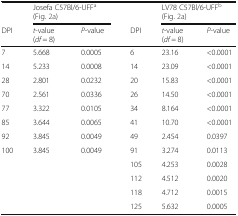
<table><thead><tr><td></td><td colspan="2"><b>Josefa C57Bl/6-UFF<sup>a</sup> (Fig. 2a)</b></td><td></td><td colspan="2"><b>LV78 C57Bl/6-UFF<sup>b</sup> (Fig. 2a)</b></td></tr><tr><td><b>DPI</b></td><td><b><i>t</i>-value(<i>df</i> = 8)</b></td><td><b><i>P</i>-value</b></td><td><b>DPI</b></td><td><b><i>t</i>-value(<i>df</i> = 8)</b></td><td><b><i>P</i>-value</b></td></tr></thead><tbody><tr><td>7</td><td>5.668</td><td>0.0005</td><td>6</td><td>23.16</td><td>&lt;0.0001</td></tr><tr><td>14</td><td>5.233</td><td>0.0008</td><td>14</td><td>23.09</td><td>&lt;0.0001</td></tr><tr><td>28</td><td>2.801</td><td>0.0232</td><td>20</td><td>15.83</td><td>&lt;0.0001</td></tr><tr><td>70</td><td>2.561</td><td>0.0336</td><td>26</td><td>14.50</td><td>&lt;0.0001</td></tr><tr><td>77</td><td>3.322</td><td>0.0105</td><td>34</td><td>8.164</td><td>&lt;0.0001</td></tr><tr><td>85</td><td>3.644</td><td>0.0065</td><td>41</td><td>10.70</td><td>&lt;0.0001</td></tr><tr><td>92</td><td>3.845</td><td>0.0049</td><td>49</td><td>2.454</td><td>0.0397</td></tr><tr><td>100</td><td>3.845</td><td>0.0049</td><td>91</td><td>3.274</td><td>0.0113</td></tr><tr><td></td><td></td><td></td><td>105</td><td>4.253</td><td>0.0028</td></tr><tr><td></td><td></td><td></td><td>112</td><td>4.512</td><td>0.0020</td></tr><tr><td></td><td></td><td></td><td>118</td><td>4.712</td><td>0.0015</td></tr><tr><td></td><td></td><td></td><td>125</td><td>5.632</td><td>0.0005</td></tr></tbody></table>